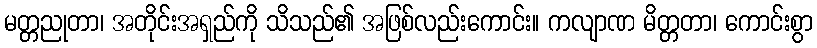
မတ္တညုတာ၊ အတိုင်းအရှည်ကို သိသည်၏ အဖြစ်လည်းကောင်း။ ကလျာဏ မိတ္တတာ၊ ကောင်းစွာ